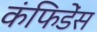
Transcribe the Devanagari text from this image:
कंफिडेंस